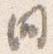
間